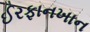
ઈરફાનખાન